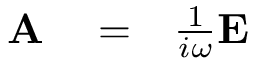
\begin{array} { r l r } { { \bf A } } & { { } = } & { \frac { 1 } { i \omega } { \bf E } } \end{array}